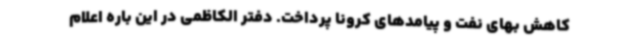
کاهش بهای نفت و پیامدهای کرونا پرداخت. دفتر الکاظمی در این باره اعلام